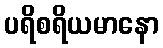
ပရိစရိယမာနော